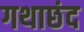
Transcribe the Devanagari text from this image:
गथाछंद